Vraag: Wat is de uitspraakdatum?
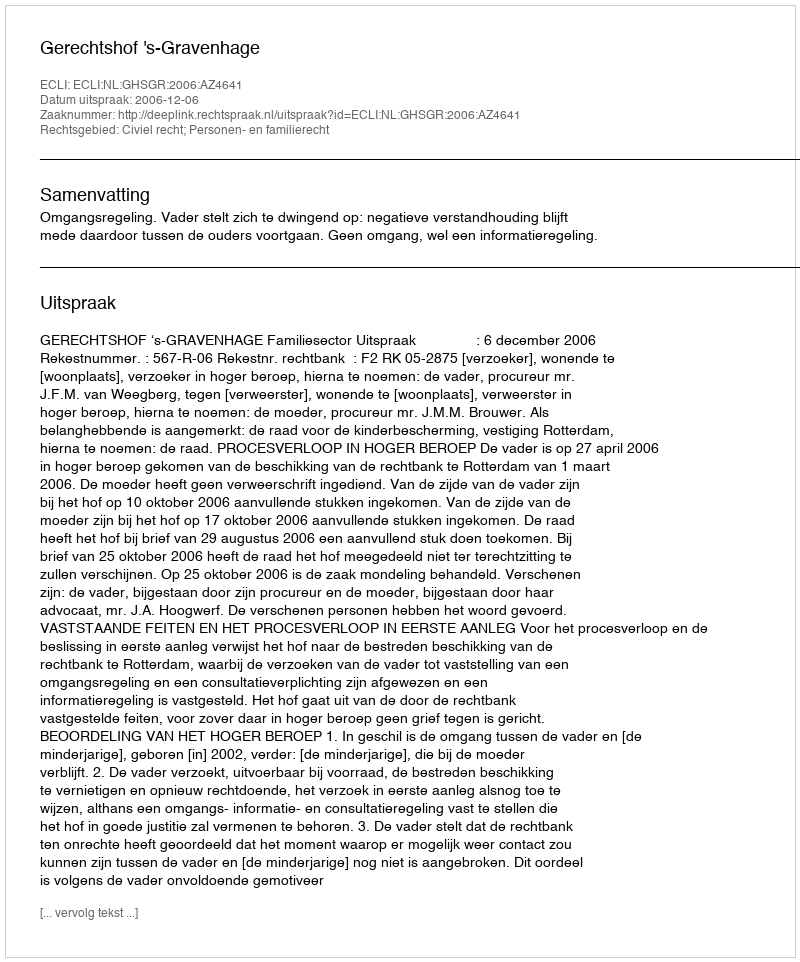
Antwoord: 2006-12-06